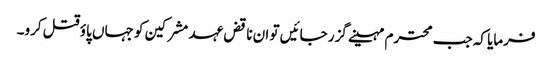
فرمایا کہ جب محترم مہینے گزر جائیں تو ان ناقض عہد مشرکین کو جہاں پاؤ قتل کرو۔